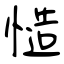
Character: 慥